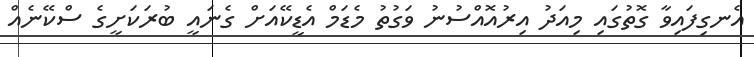
އެނގިފައިވާ ގޮތުގައި މިއަދު އިރުއޮއްސުނު ވަގުތު މެޑަމް އެޑީކޭއަށް ގެނައީ ބުރަކަށީގެ ސްކޭނެއް